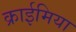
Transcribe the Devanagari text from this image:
क्राईमिया